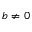
b \neq 0 ,